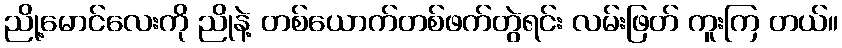
ညို့မောင်လေးကို ညိုနဲ့ တစ်ယောက်တစ်ဖက်တွဲရင်း လမ်းဖြတ် ကူးကြ တယ်။